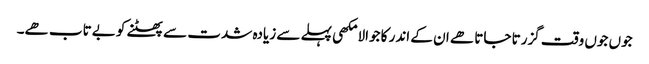
جوں جوں وقت گزرتا جاتا ھے ان کے اندر کا جوالا مکھی پہلے سے زیادہ شدت سے پھٹنے کو بےتاب ھے۔